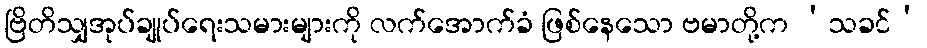
ဗြိတိသျှအုပ်ချုပ်ရေးသမားများကို လက်အောက်ခံ ဖြစ်နေသော ဗမာတို့က ‘သခင်’